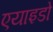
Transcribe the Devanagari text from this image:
एयाइडो